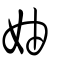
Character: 妯